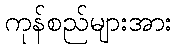
ကုန်စည်များအား